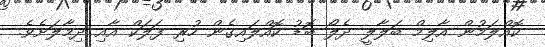
ކޮއްލަމުން އާލިމް ބަލާލީ ދެލޯ ބޮޑު ކޮއްލައިގެން ހުރި ފަލަކް އާއި ދިމާލަށެވެ.